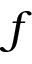
\boldsymbol { f }